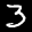
Label: 3